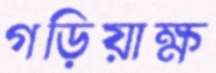
গড়িয়াক্ষ